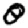
Digit: 0